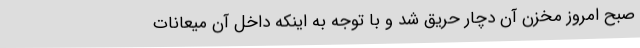
صبح امروز مخزن آن دچار حریق شد و با توجه به اینکه داخل آن میعانات